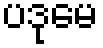
ပဒုမေ